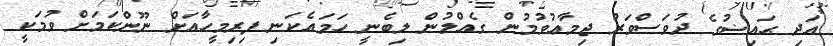
އަދި ޙައިޟުގެ ދުވަސްވަރު ޖިމާޢުވުމުން ގެއްލުން ލިބެނީ ހަމައެކަނި ފިރިމީހާއަށް ނޫންކަމަށް ވުމަކީ